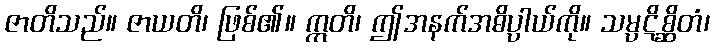
ဇာတိသည်။ ဇာယတိ၊ ဖြစ်၏။ ဣတိ၊ ဤအနက်အဓိပ္ပါယ်ကို။ သမ္ပဋိစ္ဆိတံ၊